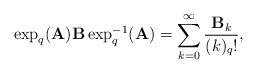
LaTeX: \begin{align*}\exp_{q} ({\mathbf A}) {\mathbf B} \exp_{q}^{-1} ({\mathbf A})=\sum_{k=0}^{\infty} \frac{{\mathbf B}_{k}}{(k)_{q} !},\end{align*}